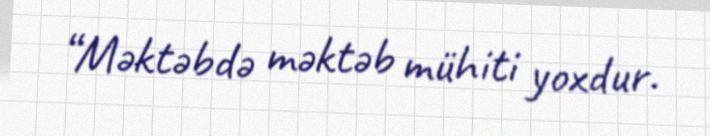
“Məktəbdə məktəb mühiti yoxdur.